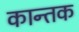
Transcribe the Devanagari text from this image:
कान्तक